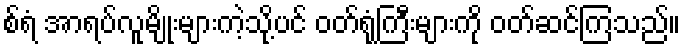
စ်ရံ အာရပ်လူမျိုးများကဲ့သို့ပင် ဝတ်ရုံကြီးများကို ဝတ်ဆင်ကြသည်။